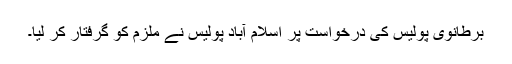
برطانوی پولیس کی درخواست پر اسلام آباد پولیس نے ملزم کو گرفتار کر لیا۔